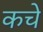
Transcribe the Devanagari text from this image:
कचे